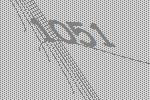
1051